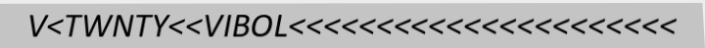
V<TWNTY<<VIBOL<<<<<<<<<<<<<<<<<<<<<<